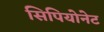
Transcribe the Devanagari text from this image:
सिपियोनेट